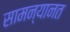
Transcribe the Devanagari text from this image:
सामन्यानत